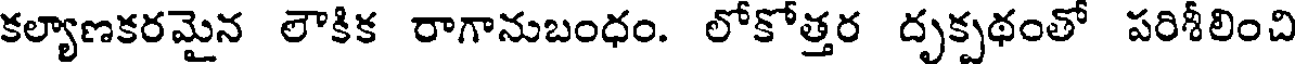
కల్యాణకరమైన లౌకిక రాగానుబంధం. లోకోత్తర దృక్పథంతో పరిశీలించి